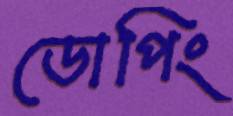
ডোপিং